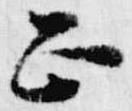
正